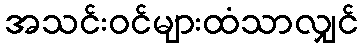
အသင်းဝင်များထံသာလျှင်